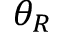
\theta _ { R }